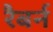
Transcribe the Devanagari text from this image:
रैबर्न